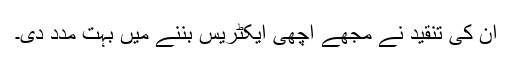
ان کی تنقید نے مجھے اچھی ایکٹریس بننے میں بہت مدد دی۔